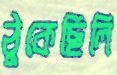
ঠুকেছিলি